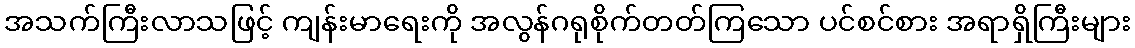
အသက်ကြီးလာသဖြင့် ကျန်းမာရေးကို အလွန်ဂရုစိုက်တတ်ကြသော ပင်စင်စား အရာရှိကြီးများ